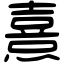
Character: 熹